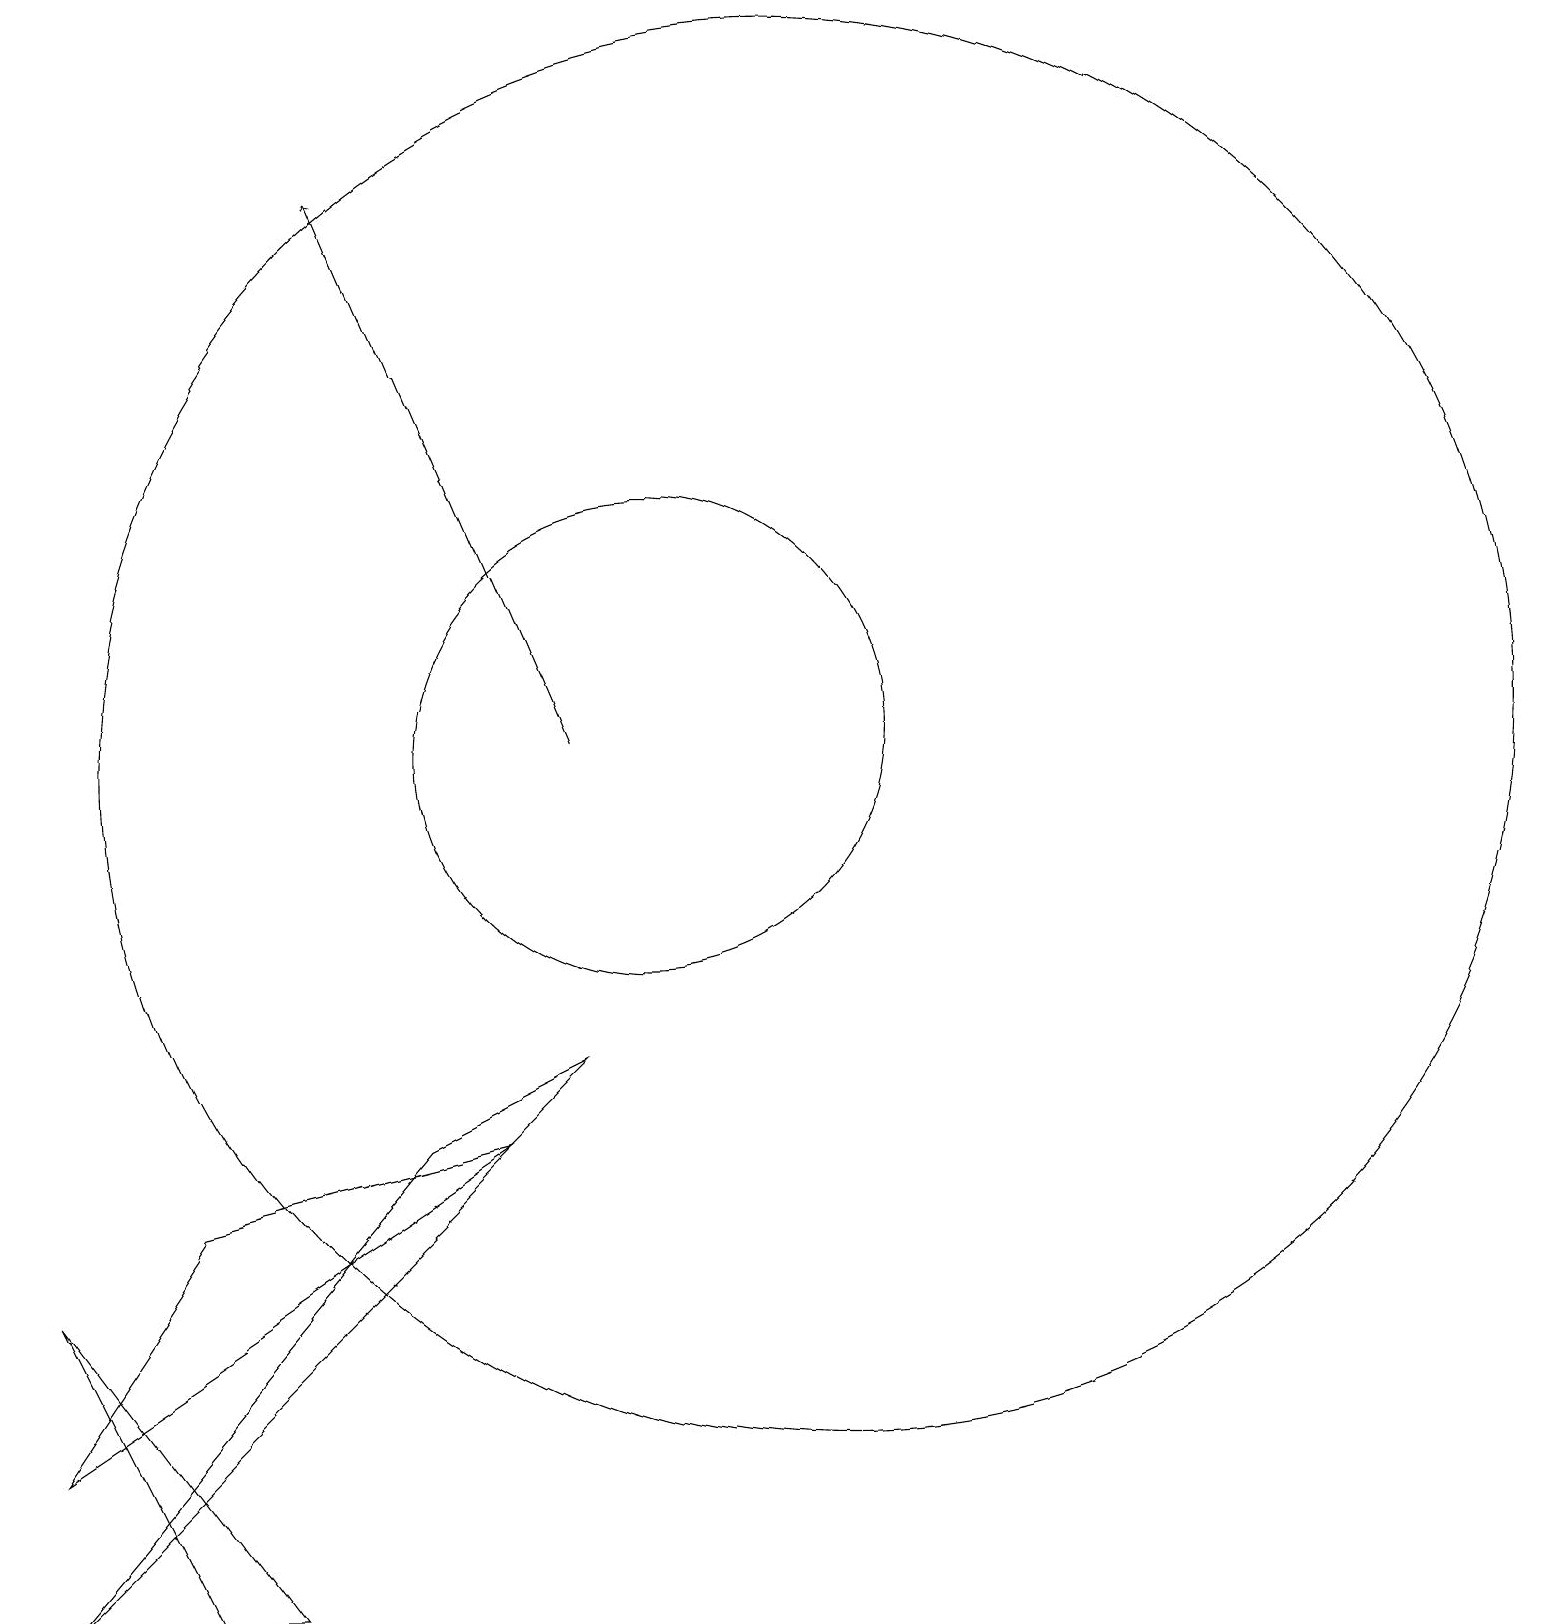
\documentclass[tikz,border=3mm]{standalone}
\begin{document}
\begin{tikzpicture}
\draw (12,11) circle (9);
\draw (7,6) -- (9,7) -- (2,0) -- cycle;
\draw (4,5) -- (2,2) -- (8,6) -- cycle;
\draw (2,4) -- (4,0) -- (5,0) -- cycle;
\draw (10,11) circle (3);
\draw[->] (9,11) -- (6,18);
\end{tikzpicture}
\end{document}